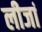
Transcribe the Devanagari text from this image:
लीजां